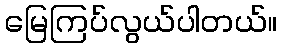
မြေကြပ်လွယ်ပါတယ်။